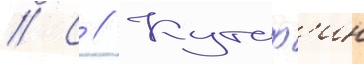
// С // Кутаф'ин